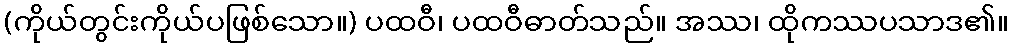
(ကိုယ်တွင်းကိုယ်ပဖြစ်သော။) ပထဝီ၊ ပထဝီဓာတ်သည်။ အဿ၊ ထိုကဿပသာဒ၏။